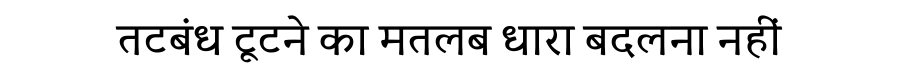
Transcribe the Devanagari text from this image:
तटबंध टूटने का मतलब धारा बदलना नहीं